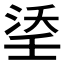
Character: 𭰶